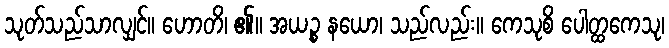
သုတ်သည်သာလျှင်။ ဟောတိ၊ ၏။ အယဉ္စ နယော၊ သည်လည်း။ ကေသုစိ ပေါတ္ထကေသု၊